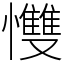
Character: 𢥠